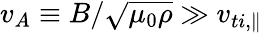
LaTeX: v_{A}\equiv B/\sqrt{\mu_{0}\rho}\gg v_{ti,\| }